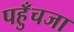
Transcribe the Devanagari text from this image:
पहुँचजा